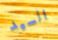
السيد